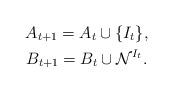
LaTeX: \begin{gather*}A_{t+1}= A_t\cup \{I_t\}, \\B_{t+1}= B_t\cup \mathcal{N}^{I_t}.\end{gather*}